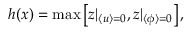
\begin{array} { r } { h ( x ) = \operatorname* { m a x } \left[ z | _ { \langle u \rangle = 0 } , z | _ { \langle \phi \rangle = 0 } \right] , } \end{array}